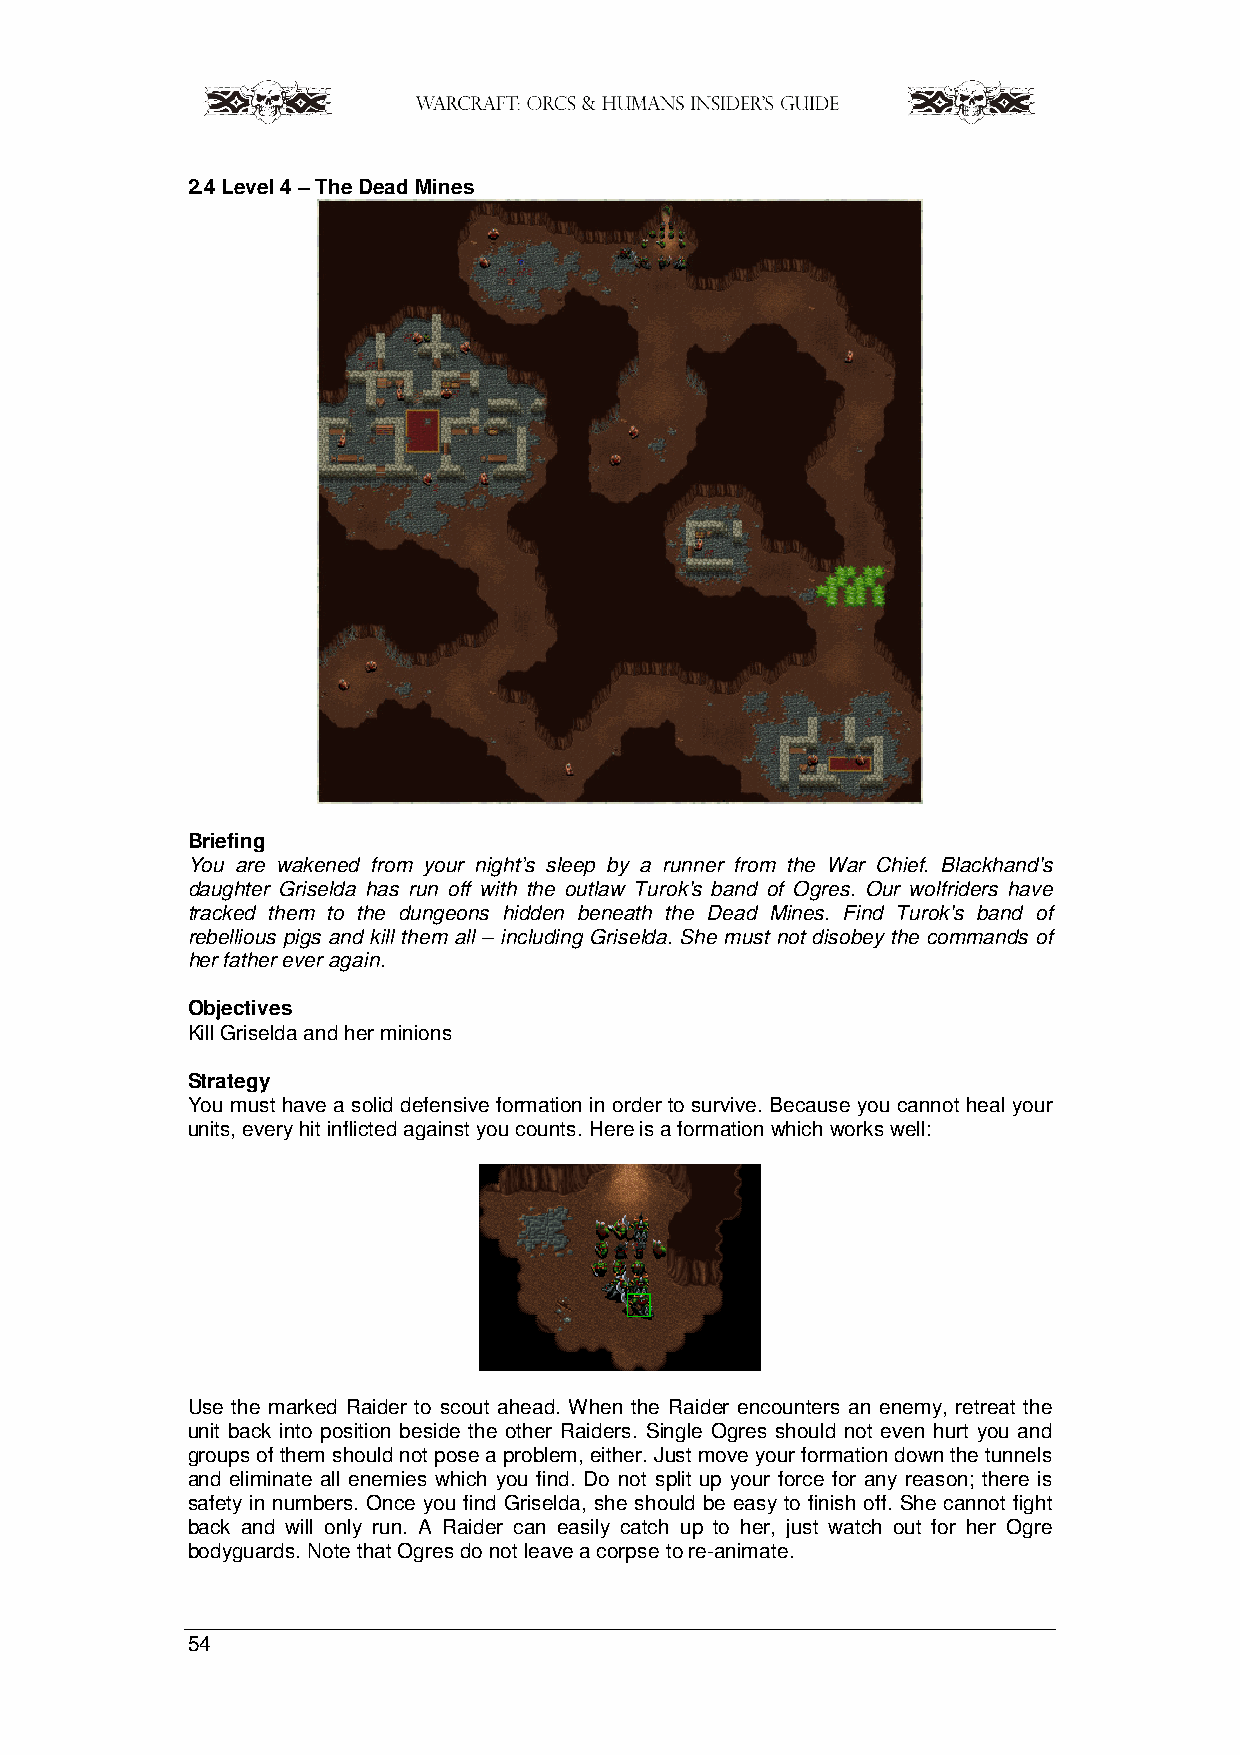
2.4 Level 4 – The Dead Mines
 Briefing
 You are wakened from your night’s sleep by a runner from the War Chief. Blackhand's
 daughter Griselda has run off with the outlaw Turok's band of Ogres. Our wolfriders have
 tracked them to the dungeons hidden beneath the Dead Mines. Find Turok's band of
 rebellious pigs and kill them all – including Griselda. She must not disobey the commands of
 her father ever again.
 Objectives
 Kill Griselda and her minions
 Strategy
 You must have a solid defensive formation in order to survive. Because you cannot heal your
 units, every hit inflicted against you counts. Here is a formation which works well:
 Use the marked Raider to scout ahead. When the Raider encounters an enemy, retreat the
 unit back into position beside the other Raiders. Single Ogres should not even hurt you and
 groups of them should not pose a problem, either. Just move your formation down the tunnels
 and eliminate all enemies which you find. Do not split up your force for any reason; there is
 safety in numbers. Once you find Griselda, she should be easy to finish off. She cannot fight
 back and will only run. A Raider can easily catch up to her, just watch out for her Ogre
 bodyguards. Note that Ogres do not leave a corpse to re-animate.
 54